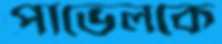
পাভেলকে